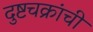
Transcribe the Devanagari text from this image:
दुष्टचक्रांची